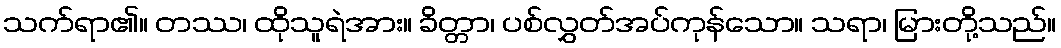
သက်ရာ၏။ တဿ၊ ထိုသူရဲအား။ ခိတ္တာ၊ ပစ်လွှတ်အပ်ကုန်သော။ သရာ၊ မြားတို့သည်။